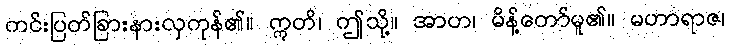
ကင်းပြတ်ခြားနားလှကုန်၏။ ဣတိ၊ ဤသို့။ အာဟ၊ မိန့်တော်မူ၏။ မဟာရာဇ၊